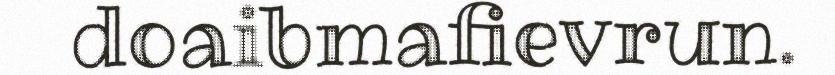
doaibmafievrun.